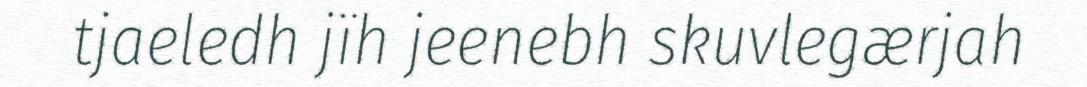
tjaeledh jïh jeenebh skuvlegærjah